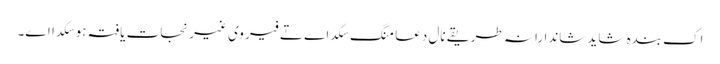
اِک بندہ شاید شاندارانہ طریقے نال دعا منگ سکدا ے تے فیر وی غیرنجات یافتہ ہو سکدا اے۔